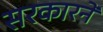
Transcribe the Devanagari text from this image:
सरकारनें